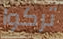
تركوا